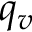
q _ { v }